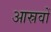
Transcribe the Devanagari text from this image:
आस्रवों